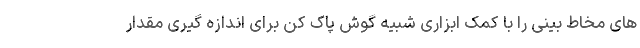
های مخاط بینی را با کمک ابزاری شبیه گوش پاک کن برای اندازه گیری مقدار